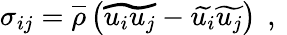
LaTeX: \sigma_{ij}=\overline{{\rho}}\left(\widetilde{u_{i}u_{j}}-\widetilde{u_{i}}\widetilde{u_{j}}\right)\, \mathrm{~,~}